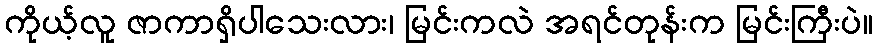
ကိုယ့်လူ ဇာကာရှိပါသေးလား၊ မြင်းကလဲ အရင်တုန်းက မြင်းကြီးပဲ။